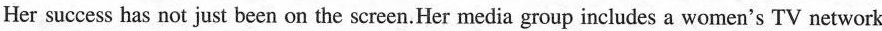
Her success has not just been on the screen.Her media group includes a women's TV network